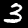
Digit: 3